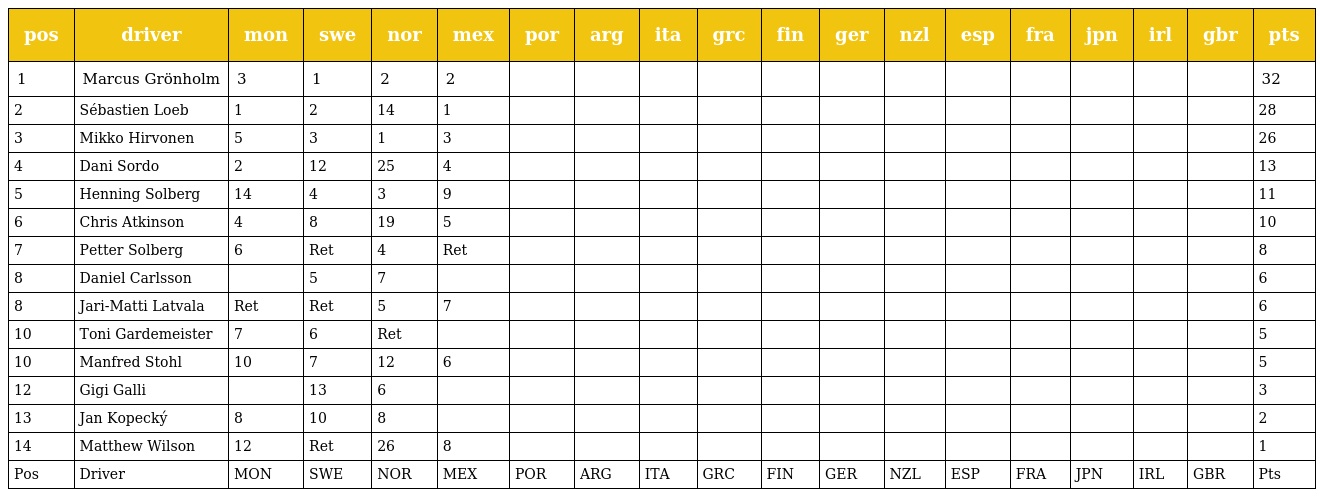
| pos | driver | mon | swe | nor | mex | por | arg | ita | grc | fin | ger | nzl | esp | fra | jpn | irl | gbr | pts |
 | --- | --- | --- | --- | --- | --- | --- | --- | --- | --- | --- | --- | --- | --- | --- | --- | --- | --- | --- |
 | 1 | Marcus Grönholm | 3 | 1 | 2 | 2 |  |  |  |  |  |  |  |  |  |  |  |  | 32 |
 | 2 | Sébastien Loeb | 1 | 2 | 14 | 1 |  |  |  |  |  |  |  |  |  |  |  |  | 28 |
 | 3 | Mikko Hirvonen | 5 | 3 | 1 | 3 |  |  |  |  |  |  |  |  |  |  |  |  | 26 |
 | 4 | Dani Sordo | 2 | 12 | 25 | 4 |  |  |  |  |  |  |  |  |  |  |  |  | 13 |
 | 5 | Henning Solberg | 14 | 4 | 3 | 9 |  |  |  |  |  |  |  |  |  |  |  |  | 11 |
 | 6 | Chris Atkinson | 4 | 8 | 19 | 5 |  |  |  |  |  |  |  |  |  |  |  |  | 10 |
 | 7 | Petter Solberg | 6 | Ret | 4 | Ret |  |  |  |  |  |  |  |  |  |  |  |  | 8 |
 | 8 | Daniel Carlsson |  | 5 | 7 |  |  |  |  |  |  |  |  |  |  |  |  |  | 6 |
 | 8 | Jari-Matti Latvala | Ret | Ret | 5 | 7 |  |  |  |  |  |  |  |  |  |  |  |  | 6 |
 | 10 | Toni Gardemeister | 7 | 6 | Ret |  |  |  |  |  |  |  |  |  |  |  |  |  | 5 |
 | 10 | Manfred Stohl | 10 | 7 | 12 | 6 |  |  |  |  |  |  |  |  |  |  |  |  | 5 |
 | 12 | Gigi Galli |  | 13 | 6 |  |  |  |  |  |  |  |  |  |  |  |  |  | 3 |
 | 13 | Jan Kopecký | 8 | 10 | 8 |  |  |  |  |  |  |  |  |  |  |  |  |  | 2 |
 | 14 | Matthew Wilson | 12 | Ret | 26 | 8 |  |  |  |  |  |  |  |  |  |  |  |  | 1 |
 | Pos | Driver | MON | SWE | NOR | MEX | POR | ARG | ITA | GRC | FIN | GER | NZL | ESP | FRA | JPN | IRL | GBR | Pts |